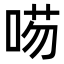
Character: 㖴